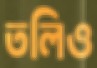
তলিও